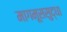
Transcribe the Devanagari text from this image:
मागमूससुद्धा